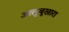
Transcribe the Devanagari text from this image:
आलुबूखारा